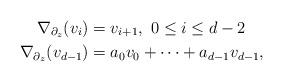
LaTeX: \begin{align*}\nabla_{\partial_{ z}} (v_{i}) & = v_{i+1},\ 0\leq i\leq d-2\\\nabla_{\partial_{ z}} (v_{d-1}) &= a_{0} v_{0} + \cdots + a_{d-1} v_{d-1},\end{align*}